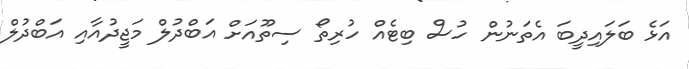
އަޅެ ބަލައިދީބަ އެތަނުން ހުސް ބިޓެއް ހުރިތޯ ސިތޫއަށް އަބްދުލް މަޖީދުއާއި އަބްދުލް